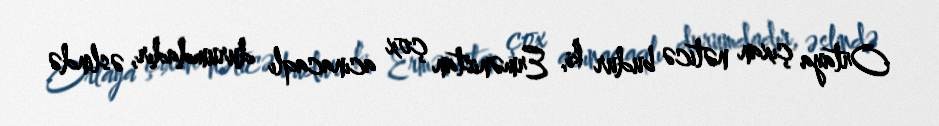
Ortaya çıxan nəticə budur ki, Ermənistan çox acınacaqlı durumdadır, əslində